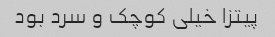
پیتزا خیلی کوچک و سرد بود